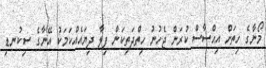
މޯނާގެ ހިތަށް އިޙްސާސް ކުރަން ޖެހުނު ހިތްދަތިކަން ފިލާ ދިޔައެއްކަމަކު އޭނާގެ ސިކުނޑި